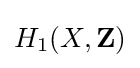
H_{1}(X,\mathbf {Z} )